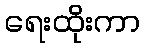
ရေးထိုးကာ